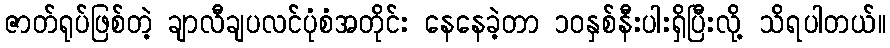
ဇာတ်ရုပ်ဖြစ်တဲ့ ချာလီချပလင်ပုံစံအတိုင်း နေနေခဲ့တာ ၁၀နှစ်နီးပါးရှိပြီးလို့ သိရပါတယ်။